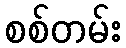
စစ်တမ်း